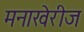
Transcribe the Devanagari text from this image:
मनाखेरीज